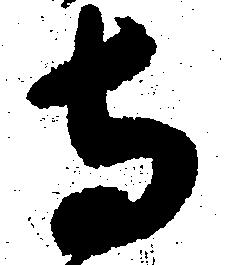
寺